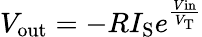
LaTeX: V_{\mathrm{out}}=-RI_{\mathrm{S}}e^{\frac{V{\mathrm{in}}}{V_{\mathrm{T}}}}